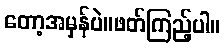
တော့အမှန်ပဲ။ဖတ်ကြည့်ပါ။